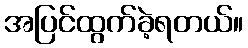
အပြင်ထွက်ခဲ့ရတယ်။